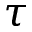
\tau